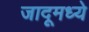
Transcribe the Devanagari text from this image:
जादूमध्ये